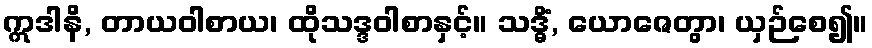
ဣဒါနိ, တာယဝါစာယ၊ ထိုသဒ္ဒဝါစာနှင့်။ သဒ္ဓိံ, ယောဇေတွာ၊ ယှဉ်စေ၍။